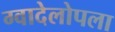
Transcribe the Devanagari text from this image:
ग्वादेलोपला